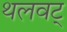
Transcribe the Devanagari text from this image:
थलवट्